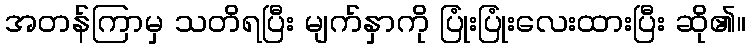
အတန်ကြာမှ သတိရပြီး မျက်နှာကို ပြုံးပြုံးလေးထားပြီး ဆို၏။